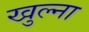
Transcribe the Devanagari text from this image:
खुल्ना